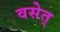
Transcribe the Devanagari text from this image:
वसेत्